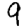
Digit: 9